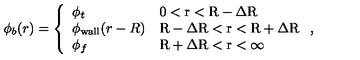
\phi _ { b } ( r ) = \left\{ \begin{array} { l l } { \phi _ { t } } & { \mathrm { 0 < r < R - \Delta R } } \\ { \phi _ { \mathrm { w a l l } } ( r - R ) } & { \mathrm { R - \Delta R < r < R + \Delta R } } \\ { \phi _ { f } } & { \mathrm { R + \Delta R < r < \infty } } \\ \end{array} \right. ,